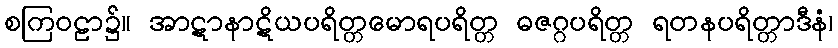
စကြဝဠာ၌။ အာဋာနာဋိယပရိတ္တမောရပရိတ္တ ဓဇဂ္ဂပရိတ္တ ရတနပရိတ္တာဒီနံ၊